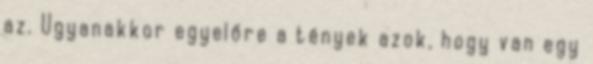
az. Ugyanakkor egyelőre a tények azok, hogy van egy